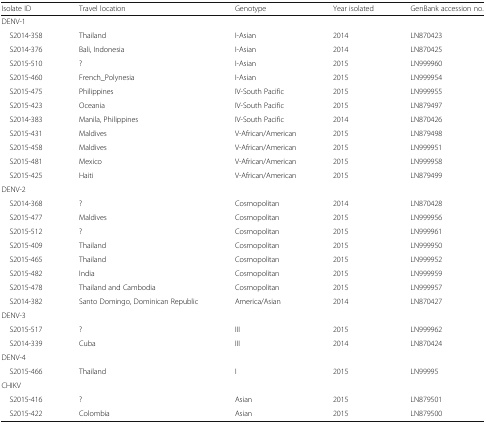
<table><thead><tr><td><b>Isolate ID</b></td><td><b>Travel location</b></td><td><b>Genotype</b></td><td><b>Year isolated</b></td><td><b>GenBank accession no.</b></td></tr></thead><tbody><tr><td colspan="5">DENV-1</td></tr><tr><td> S2014-358</td><td>Thailand</td><td>I-Asian</td><td>2014</td><td>LN870423</td></tr><tr><td> S2014-376</td><td>Bali, Indonesia</td><td>I-Asian</td><td>2014</td><td>LN870425</td></tr><tr><td> S2015-510</td><td>?</td><td>I-Asian</td><td>2015</td><td>LN999960</td></tr><tr><td> S2015-460</td><td>French_Polynesia</td><td>I-Asian</td><td>2015</td><td>LN999954</td></tr><tr><td> S2015-475</td><td>Philippines</td><td>IV-South Pacific</td><td>2015</td><td>LN999955</td></tr><tr><td> S2015-423</td><td>Oceania</td><td>IV-South Pacific</td><td>2015</td><td>LN879497</td></tr><tr><td> S2014-383</td><td>Manila, Philippines</td><td>IV-South Pacific</td><td>2014</td><td>LN870426</td></tr><tr><td> S2015-431</td><td>Maldives</td><td>V-African/American</td><td>2015</td><td>LN879498</td></tr><tr><td> S2015-458</td><td>Maldives</td><td>V-African/American</td><td>2015</td><td>LN999951</td></tr><tr><td> S2015-481</td><td>Mexico</td><td>V-African/American</td><td>2015</td><td>LN999958</td></tr><tr><td> S2015-425</td><td>Haiti</td><td>V-African/American</td><td>2015</td><td>LN879499</td></tr><tr><td colspan="5">DENV-2</td></tr><tr><td> S2014-368</td><td>?</td><td>Cosmopolitan</td><td>2014</td><td>LN870428</td></tr><tr><td> S2015-477</td><td>Maldives</td><td>Cosmopolitan</td><td>2015</td><td>LN999956</td></tr><tr><td> S2015-512</td><td>?</td><td>Cosmopolitan</td><td>2015</td><td>LN999961</td></tr><tr><td> S2015-409</td><td>Thailand</td><td>Cosmopolitan</td><td>2015</td><td>LN999950</td></tr><tr><td> S2015-465</td><td>Thailand</td><td>Cosmopolitan</td><td>2015</td><td>LN999952</td></tr><tr><td> S2015-482</td><td>India</td><td>Cosmopolitan</td><td>2015</td><td>LN999959</td></tr><tr><td> S2015-478</td><td>Thailand and Cambodia</td><td>Cosmopolitan</td><td>2015</td><td>LN999957</td></tr><tr><td> S2014-382</td><td>Santo Domingo, Dominican Republic</td><td>America/Asian</td><td>2014</td><td>LN870427</td></tr><tr><td colspan="5">DENV-3</td></tr><tr><td> S2015-517</td><td>?</td><td>III</td><td>2015</td><td>LN999962</td></tr><tr><td> S2014-339</td><td>Cuba</td><td>III</td><td>2014</td><td>LN870424</td></tr><tr><td colspan="5">DENV-4</td></tr><tr><td> S2015-466</td><td>Thailand</td><td>I</td><td>2015</td><td>LN99995</td></tr><tr><td colspan="5">CHIKV</td></tr><tr><td> S2015-416</td><td>?</td><td>Asian</td><td>2015</td><td>LN879501</td></tr><tr><td> S2015-422</td><td>Colombia</td><td>Asian</td><td>2015</td><td>LN879500</td></tr></tbody></table>